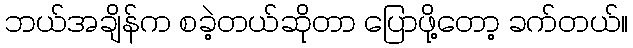
ဘယ်အချိန်က စခဲ့တယ်ဆိုတာ ပြောဖို့တော့ ခက်တယ်။